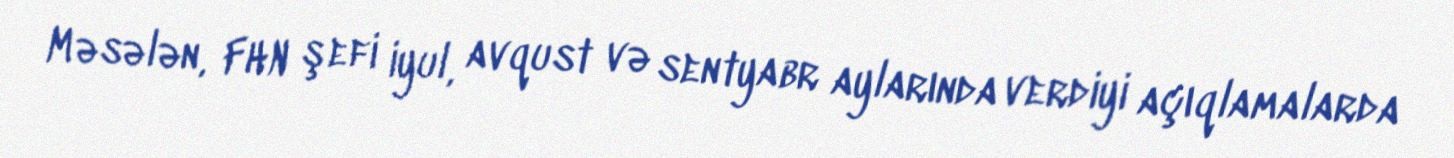
Məsələn, FHN şefi iyul, avqust və sentyabr aylarında verdiyi açıqlamalarda